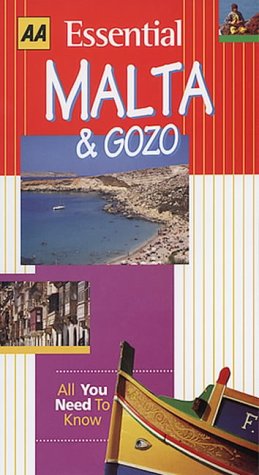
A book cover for Essential Malta (AA Essential); Carole Chester; Travel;